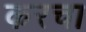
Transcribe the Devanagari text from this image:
करचा